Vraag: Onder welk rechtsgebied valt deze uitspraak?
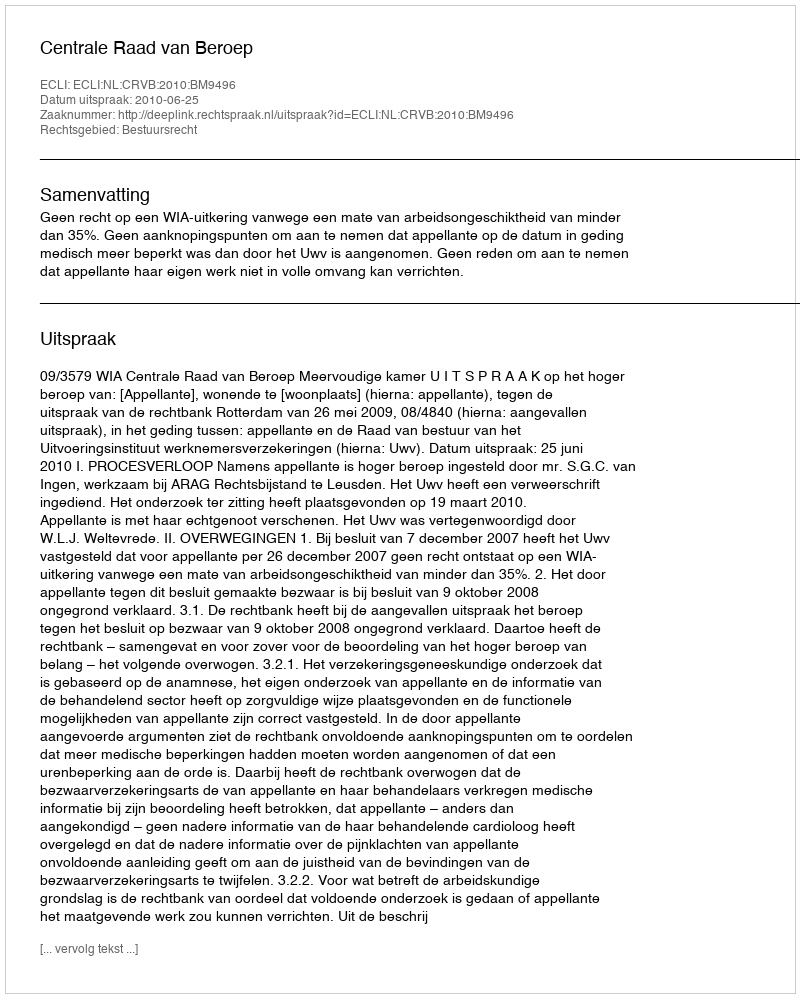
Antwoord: Bestuursrecht